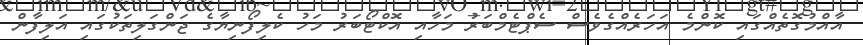
އާއްމުގޮތެއްގައި ކޮންމެ އަހަރެއްގެވެސް ސެޕްޓެމްބަރު މަހާއި އޮކްޓޯބަރު މަހު ކެލިފޯނިޔާގެ ޖަންގަލިތަކުގައި އަލިފާން